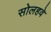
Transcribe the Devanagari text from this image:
सोलहवे